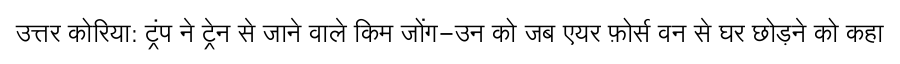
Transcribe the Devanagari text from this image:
उत्तर कोरिया: ट्रंप ने ट्रेन से जाने वाले किम जोंग-उन को जब एयर फ़ोर्स वन से घर छोड़ने को कहा